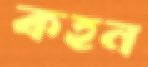
কহন